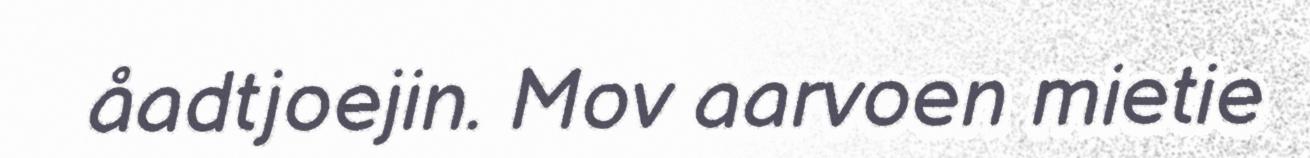
åadtjoejin. Mov aarvoen mietie